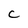
Character: C